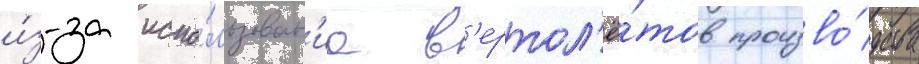
и́з-за испо́льзован'иа в'ертол'ё́тов произво́дства